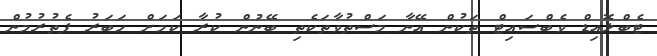
ޓެބްލޮއިޑް ވެބްސައިޓް ތަކުން އޭނާ މަސްތުވާތަކެތި ބޭނުން ކުރާ ކަމަށް ހަބަރު ފެތުރުމުން